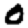
Digit: 0